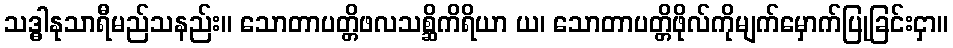
သဒ္ဓါနုသာရီမည်သနည်း။ သောတာပတ္တိဖလသစ္ဆိကိရိယာ ယ၊ သောတာပတ္တိဖိုလ်ကိုမျက်မှောက်ပြုခြင်းငှာ။